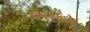
બાદમ